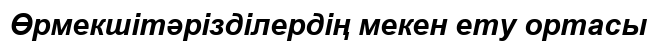
Өрмекшітәрізділердің мекен ету ортасы